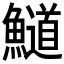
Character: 𲍁